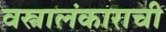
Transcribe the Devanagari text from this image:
वस्त्रालंकाराची